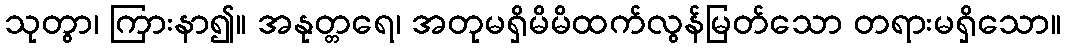
သုတွာ၊ ကြားနာ၍။ အနုတ္တရေ၊ အတုမရှိမိမိထက်လွန်မြတ်သော တရားမရှိသော။